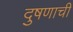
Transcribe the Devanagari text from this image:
दुषणाची